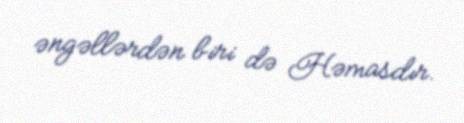
əngəllərdən biri də Həmasdır.